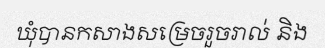
ឃុំបានកសាងសម្រេចរួចរាល់ និង